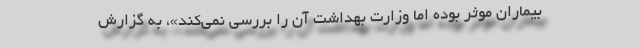
بیماران موثر بوده اما وزارت بهداشت آن را بررسی نمی‌کند»، به گزارش